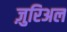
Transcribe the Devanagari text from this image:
ज़ुरिअल